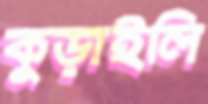
কুড়াইলি